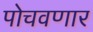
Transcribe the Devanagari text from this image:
पोचवणार